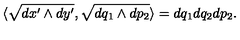
\langle \sqrt { d x ^ { \prime } \wedge d y ^ { \prime } } , \sqrt { d q _ { 1 } \wedge d p _ { 2 } } \rangle = d q _ { 1 } d q _ { 2 } d p _ { 2 } .